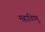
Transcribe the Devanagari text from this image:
महाविष्‍णु